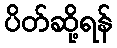
ပိတ်ဆို့ရန်